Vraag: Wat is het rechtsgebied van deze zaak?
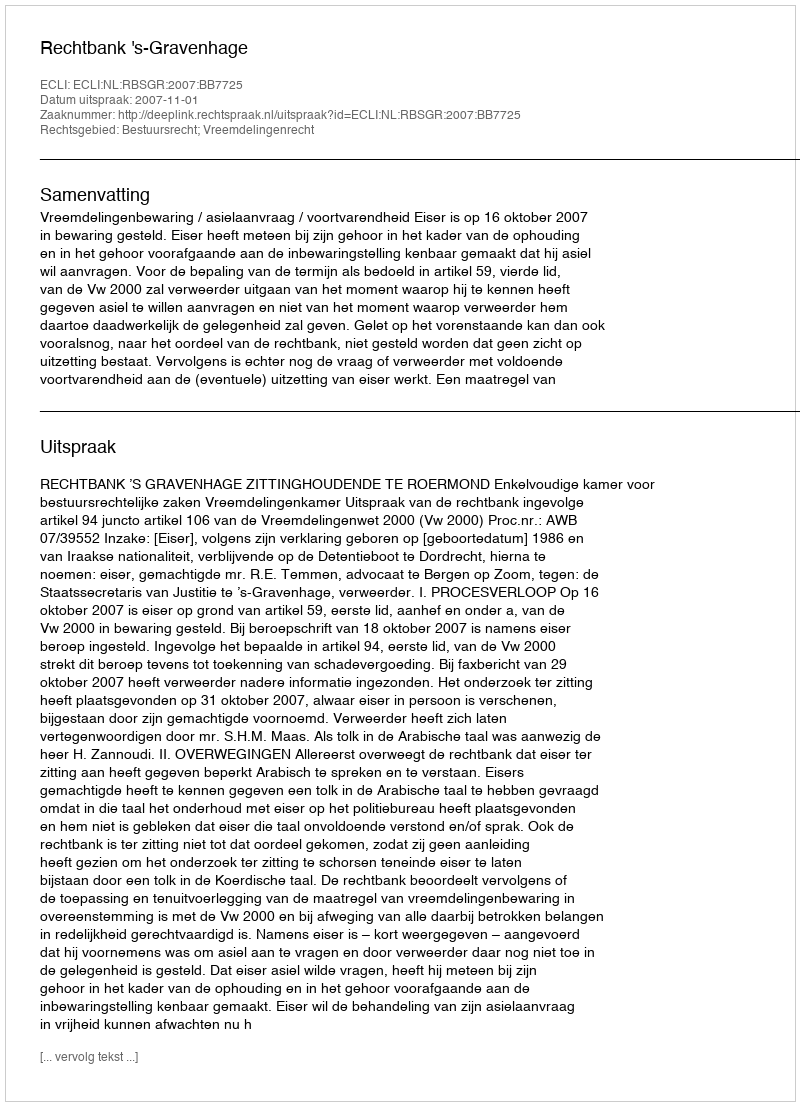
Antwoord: Bestuursrecht; Vreemdelingenrecht